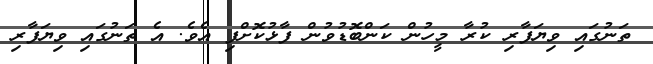
ތަނުގައި ވިޔަފާރި ކުރާ މީހުން ކަންބޮޑުވުން ފާޅުކޮށްފި އެވެ. އެ ތަނުގައި ވިޔަފާރި